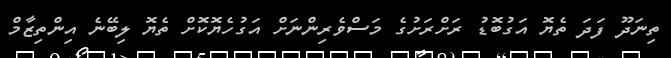
ތިނަދޫ ފަދަ ތެޔޮ އަގުބޮޑު ރަށްރަށުގެ މަސްވެރިންނަށް އަގުހެޔޮކޮށް ތެޔޮ ލިބޭނެ އިންތިޒާމް